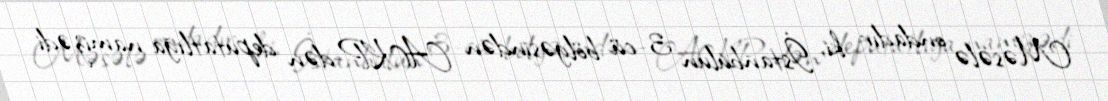
Məsələ ondadır ki, İstanbulun 3-cü bölgəsindən AKP-dən deputatlığa namizədi